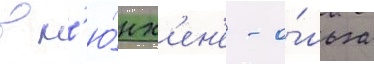
в м'ю́нх'ен'е - о́льга